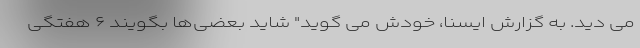
می دید. به گزارش ایسنا، خودش می گوید" شاید بعضی‌ها بگویند ۶ هفتگی